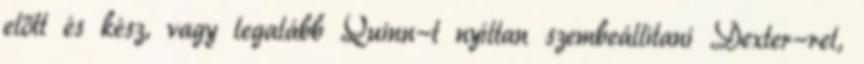
előtt és kész, vagy legalább Quinn-t nyíltan szembeállítani Dexter-rel,